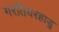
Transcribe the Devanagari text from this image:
गरतियरहाडु